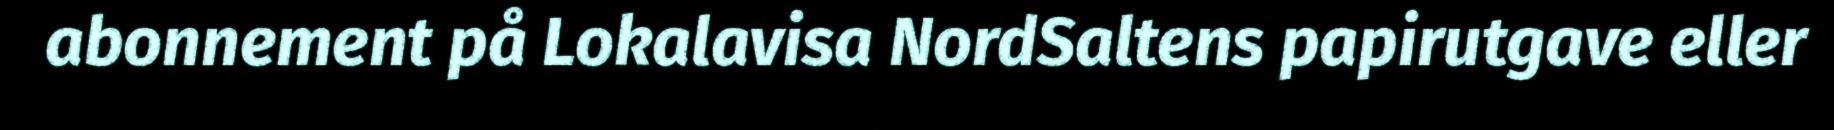
abonnement på Lokalavisa NordSaltens papirutgave eller